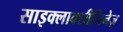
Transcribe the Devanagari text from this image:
साइक्लाक्सीजिनेज़